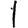
Digit: 1